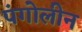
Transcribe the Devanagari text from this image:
पंगोलीन